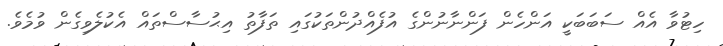
ހިޓުވާ އެއް ސަބަބަކީ އަންހެން ފަންނާނުންގެ އުފެއްދުންތަކުގައި ތަފާތު އިޙުސާސްތައް އެކުލެވިގެން ވުމެވެ.